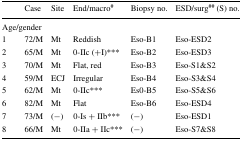
|  | Case | Site | End/macro# | Biopsy no. | ESD/surg## (S) no. |
 | --- | --- | --- | --- | --- | --- |
 | <COLSPAN=6> Age/gender |
 | 1 | 72/M | Mt | Reddish | Eso-B1 | Eso-ESD2 |
 | 2 | 65/M | Mt | 0-IIc (+I)*** | Eso-B2 | Eso-ESD3 |
 | 3 | 70/M | Mt | Flat, red | Eso-B3 | Eso-S1&S2 |
 | 4 | 59/M | ECJ | Irregular | Eso-B4 | Eso-S3&S4 |
 | 5 | 62/M | Mt | 0-IIc*** | Es0-B5 | Eso-S5&S6 |
 | 6 | 82/M | Mt | Flat | Eso-B6 | Eso-ESD4 |
 | 7 | 73/M | (−) | 0-Is + IIb*** | (−) | Eso-ESD1 |
 | 8 | 66/M | Mt | 0-IIa + IIc*** | (−) | Eso-S7&S8 |